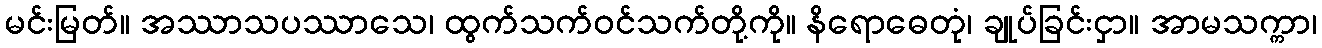
မင်းမြတ်။ အဿာသပဿာသေ၊ ထွက်သက်ဝင်သက်တို့ကို။ နိရောဓေတုံ၊ ချုပ်ခြင်းငှာ။ အာမသက္ကာ၊